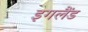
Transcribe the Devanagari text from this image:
इगलैंड